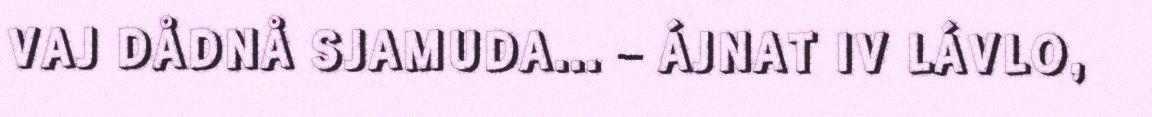
VAJ DÅDNÅ SJAMUDA... – ÁJNAT IV LÁVLO,